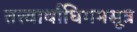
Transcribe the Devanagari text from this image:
तत्त्वार्थाधिगमसूत्र